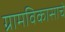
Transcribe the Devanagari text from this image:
ग्रामविकासाचे